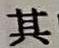
其